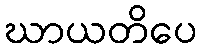
ဃာယတိပေ